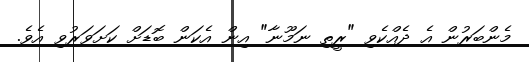
މެންބަރުން އެ ދެއްކެވި "ރީތި ނަމޫނާ" އިން އެކަން ބޮޑަށް ކަށަވަރުވި އެވެ.